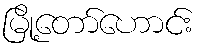
မြို့တော်ဟောင်း